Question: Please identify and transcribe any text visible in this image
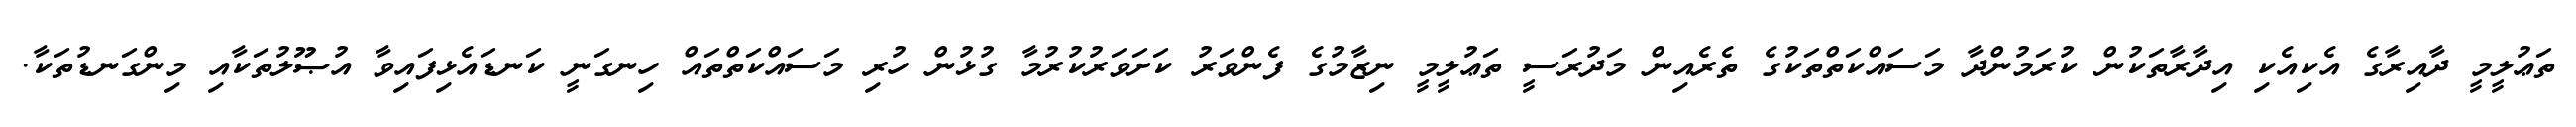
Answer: ތަޢުލީމީ ދާއިރާގެ އެކިއެކި އިދާރާތަކުން ކުރަމުންދާ މަސައްކަތްތަކުގެ ތެރެއިން މަދުރަސީ ތަޢުލީމީ ނިޒާމުގެ ފެންވަރު ކަށަވަރުކުރުމާ ގުޅުން ހުރި މަސައްކަތްތައް ހިނގަނީ ކަނޑައެޅިފައިވާ އުޞޫލުތަކާއި މިންގަނޑުތަކާ.